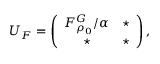
U _ { F } = \left( \begin{array} { c c } { F _ { \rho _ { 0 } } ^ { G } / \alpha } & { \star } \\ { \star } & { \star } \end{array} \right) ,